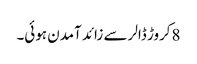
8کروڑ ڈالر سے زائد آمدن ہوئی۔